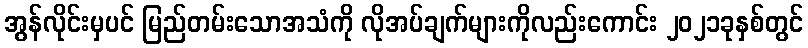
အွန်လိုင်းမှပင် မြည်တမ်းသောအသံကို လိုအပ်ချက်များကိုလည်းကောင်း ၂၀၂၁ခုနှစ်တွင်